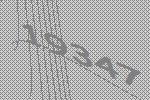
19347